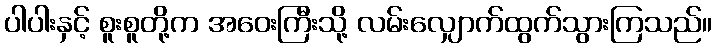
ပါပါးနှင့် စူးစူတို့က အဝေးကြီးသို့ လမ်းလျှောက်ထွက်သွားကြသည်။